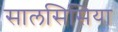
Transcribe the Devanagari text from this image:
सालसिसिया